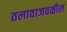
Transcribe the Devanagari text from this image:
तलावाजवळील